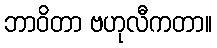
ဘာဝိတာ ဗဟုလီကတာ။